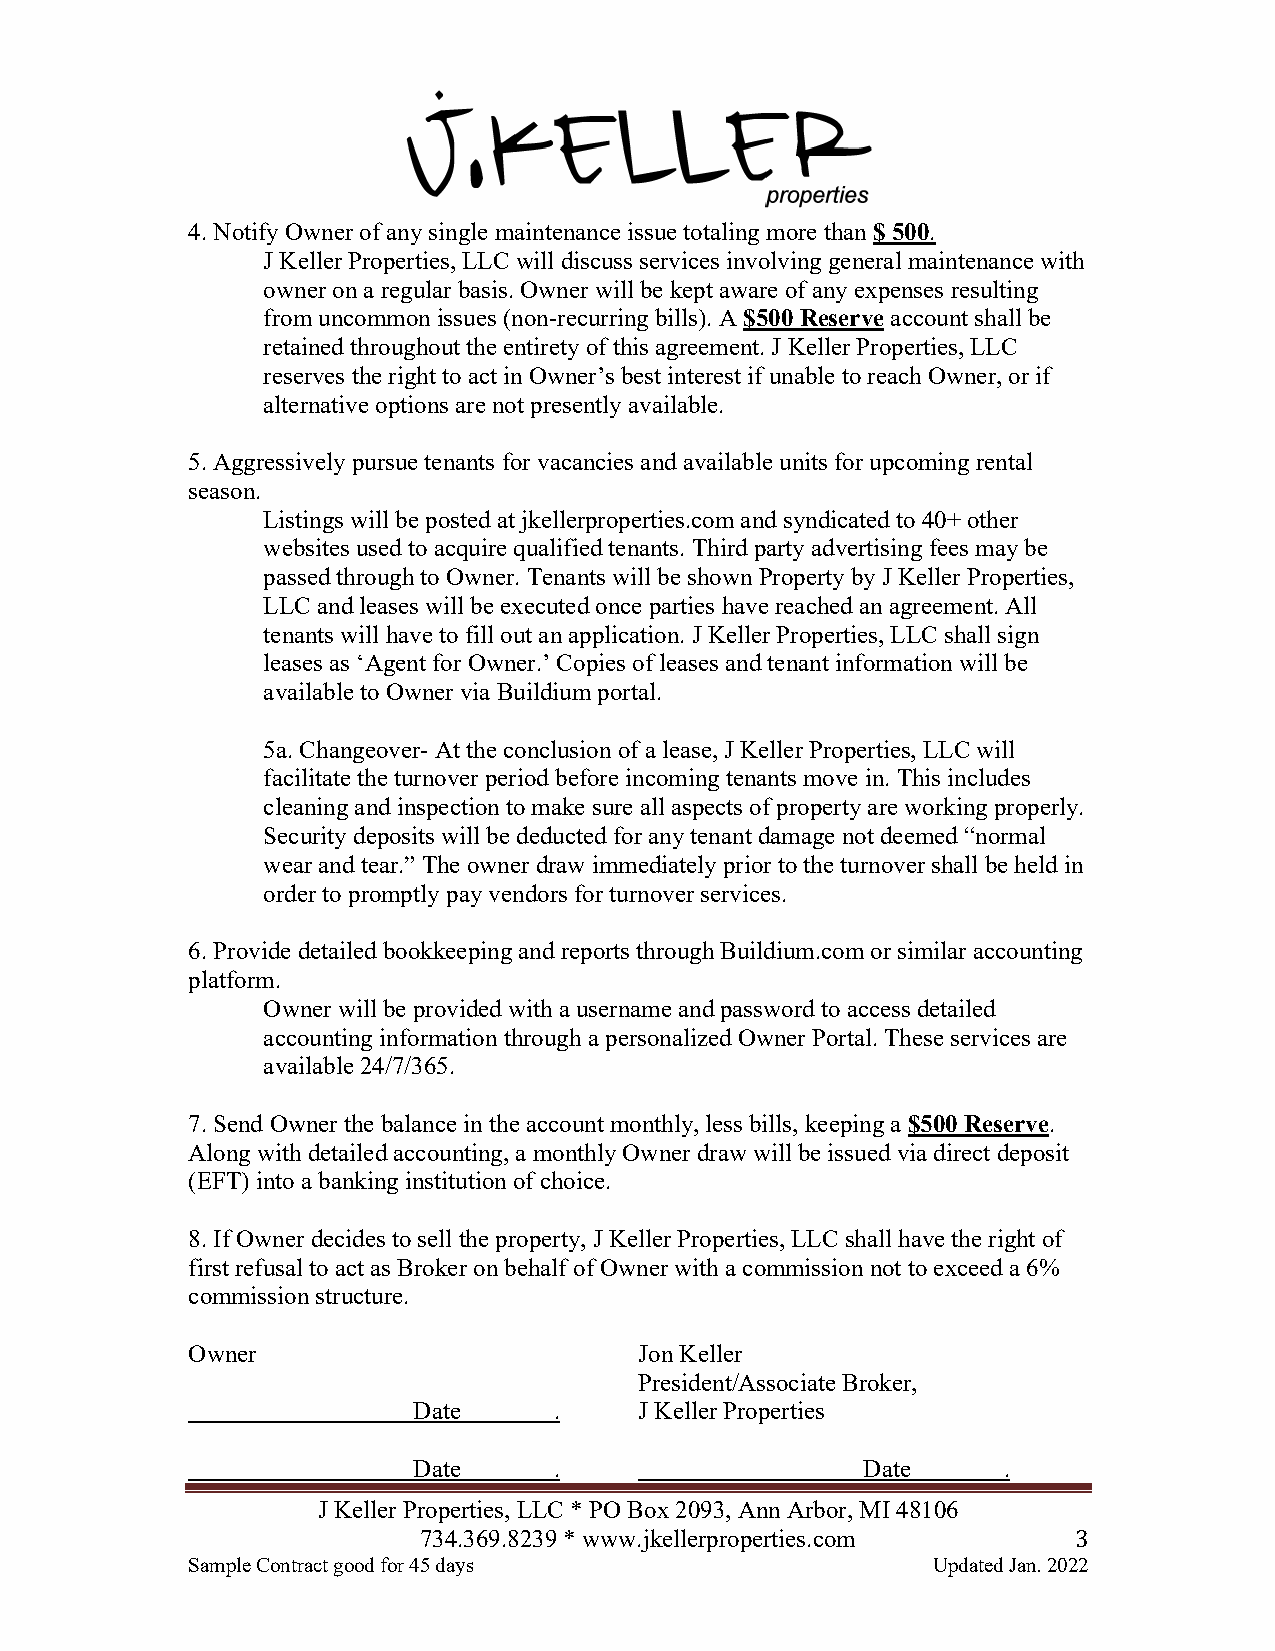
4. Notify Owner of any single maintenance issue totaling more than $ 500.
 J Keller Properties, LLC will discuss services involving general maintenance with
 owner on a regular basis. Owner will be kept aware of any expenses resulting
 from uncommon issues (non-recurring bills). A $500 Reserve account shall be
 retained throughout the entirety of this agreement. J Keller Properties, LLC
 reserves the right to act in Owner’s best interest if unable to reach Owner, or if
 alternative options are not presently available.
 5. Aggressively pursue tenants for vacancies and available units for upcoming rental
 season.
 Listings will be posted at jkellerproperties.com and syndicated to 40+ other
 websites used to acquire qualified tenants. Third party advertising fees may be
 passed through to Owner. Tenants will be shown Property by J Keller Properties,
 LLC and leases will be executed once parties have reached an agreement. All
 tenants will have to fill out an application. J Keller Properties, LLC shall sign
 leases as ‘Agent for Owner.’ Copies of leases and tenant information will be
 available to Owner via Buildium portal.
 5a. Changeover- At the conclusion of a lease, J Keller Properties, LLC will
 facilitate the turnover period before incoming tenants move in. This includes
 cleaning and inspection to make sure all aspects of property are working properly.
 Security deposits will be deducted for any tenant damage not deemed “normal
 wear and tear.” The owner draw immediately prior to the turnover shall be held in
 order to promptly pay vendors for turnover services.
 6. Provide detailed bookkeeping and reports through Buildium.com or similar accounting
 platform.
 Owner will be provided with a username and password to access detailed
 accounting information through a personalized Owner Portal. These services are
 available 24/7/365.
 7. Send Owner the balance in the account monthly, less bills, keeping a $500 Reserve.
 Along with detailed accounting, a monthly Owner draw will be issued via direct deposit
 (EFT) into a banking institution of choice.
 8. If Owner decides to sell the property, J Keller Properties, LLC shall have the right of
 first refusal to act as Broker on behalf of Owner with a commission not to exceed a 6%
 commission structure.
 Owner                         Jon Keller
 President/Associate Broker,
 Date      .    J Keller Properties
 Date      .                   Date     .
 J Keller Properties, LLC * PO Box 2093, Ann Arbor, MI 48106
 734.369.8239 * www.jkellerproperties.com   3
 Sample Contract good for 45 days                  Updated Jan. 2022